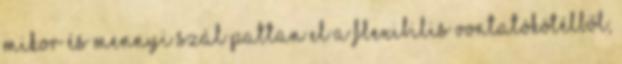
mikor és mennyi szál pattan el a flexibilis vontatókötélből,